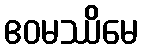
ဧဝမဿိမေ